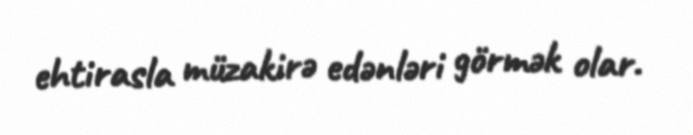
ehtirasla müzakirə edənləri görmək olar.